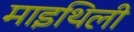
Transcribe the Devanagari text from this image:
माइथिली